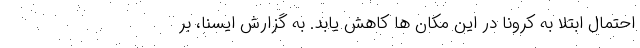
احتمال ابتلا به کرونا در این مکان ها کاهش یابد. به گزارش ایسنا، بر